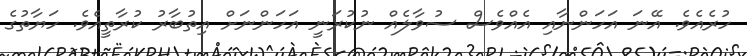
ހުރެއެވެ. އޭނަ އަހަންނާއި އެއްވެސް ސުވާލެއް ނުކުރަނީ އަހަންނަށް އިތުބާރު ކުރާތީއެވެ. ހަޔާތުގެ